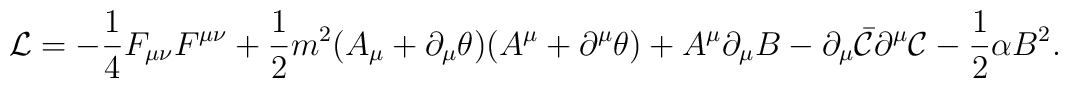
{\cal L}=- \frac{1}{4}  F_{\mu\nu} F^{\mu\nu}+\frac{1}{2}m^{2}(A_{\mu}+\partial_{\mu}\theta)(A^{\mu}+\partial^{\mu}\theta)+A^{\mu}\partial_\mu B-\partial_{\mu}\bar{\cal C}\partial^{\mu}{\cal C}-\frac{1}{2}\alpha B^{2}.